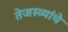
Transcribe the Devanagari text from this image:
तेजस्व्यांचे